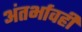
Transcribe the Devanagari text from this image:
अंतर्भावही